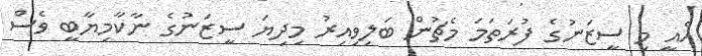
އެއީ މި ސީޒަނުގެ ފުރަތަމަ މެޗުން ބަލިވިއިރު މިދިޔަ ސީޒަނުގެ ނާކާމިޔާބީ ވެސް